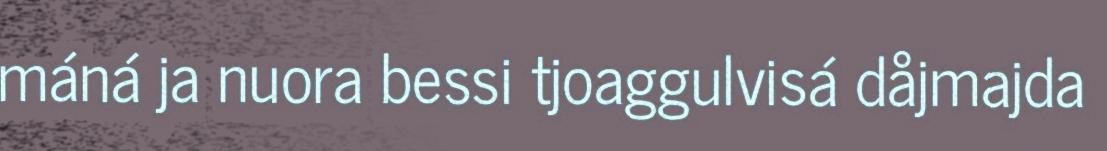
máná ja nuora bessi tjoaggulvisá dåjmajda